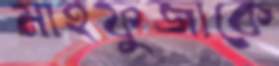
মাহফুজাকে